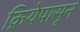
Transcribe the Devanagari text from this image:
क्रियेपासून